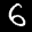
Label: 6